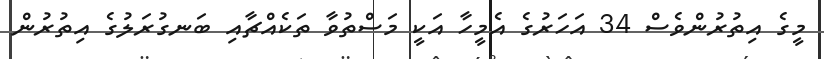
މީގެ އިތުރުންވެސް 34 އަހަރުގެ އެމީހާ އަކީ މަސްތުވާ ތަކެއްޗާއި ބަނގުރަލުގެ އިތުރުން